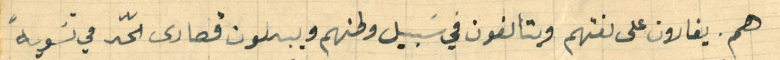
هم. يغارون على لغتهم ويتألفون في سَبيل وطنهم ويبلون قصارى الحّد في تسَوية